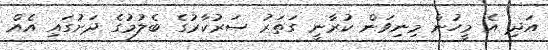
އަދި އެ މީހުން މިނިވަން ކުރާނީ ގަތަރު ސަރުކާރުގެ ބެލުމުގެ ދަށުގައި އެއް